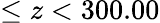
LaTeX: \leq z<300.00